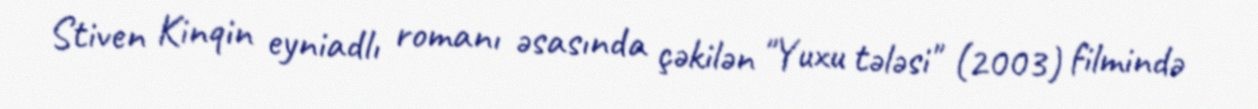
Stiven Kinqin eyniadlı romanı əsasında çəkilən "Yuxu tələsi" (2003) filmində